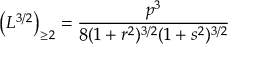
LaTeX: \left( L ^ { { 3 } / { 2 } } \right) _ { \geq 2 } = \frac { p ^ { 3 } } { 8 ( 1 + r ^ { 2 } ) ^ { 3 / 2 } ( 1 + s ^ { 2 } ) ^ { 3 / 2 } }